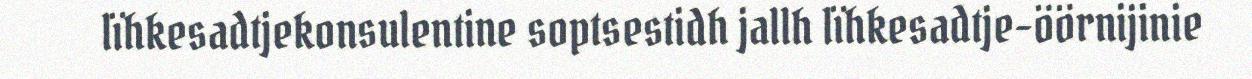
lïhkesadtjekonsulentine soptsestidh jallh lïhkesadtje-öörnijinie